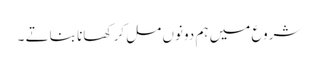
شروع میں ہم دونوں مل کر کھانا بناتے ۔